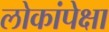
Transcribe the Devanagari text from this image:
लोकांपेक्षा